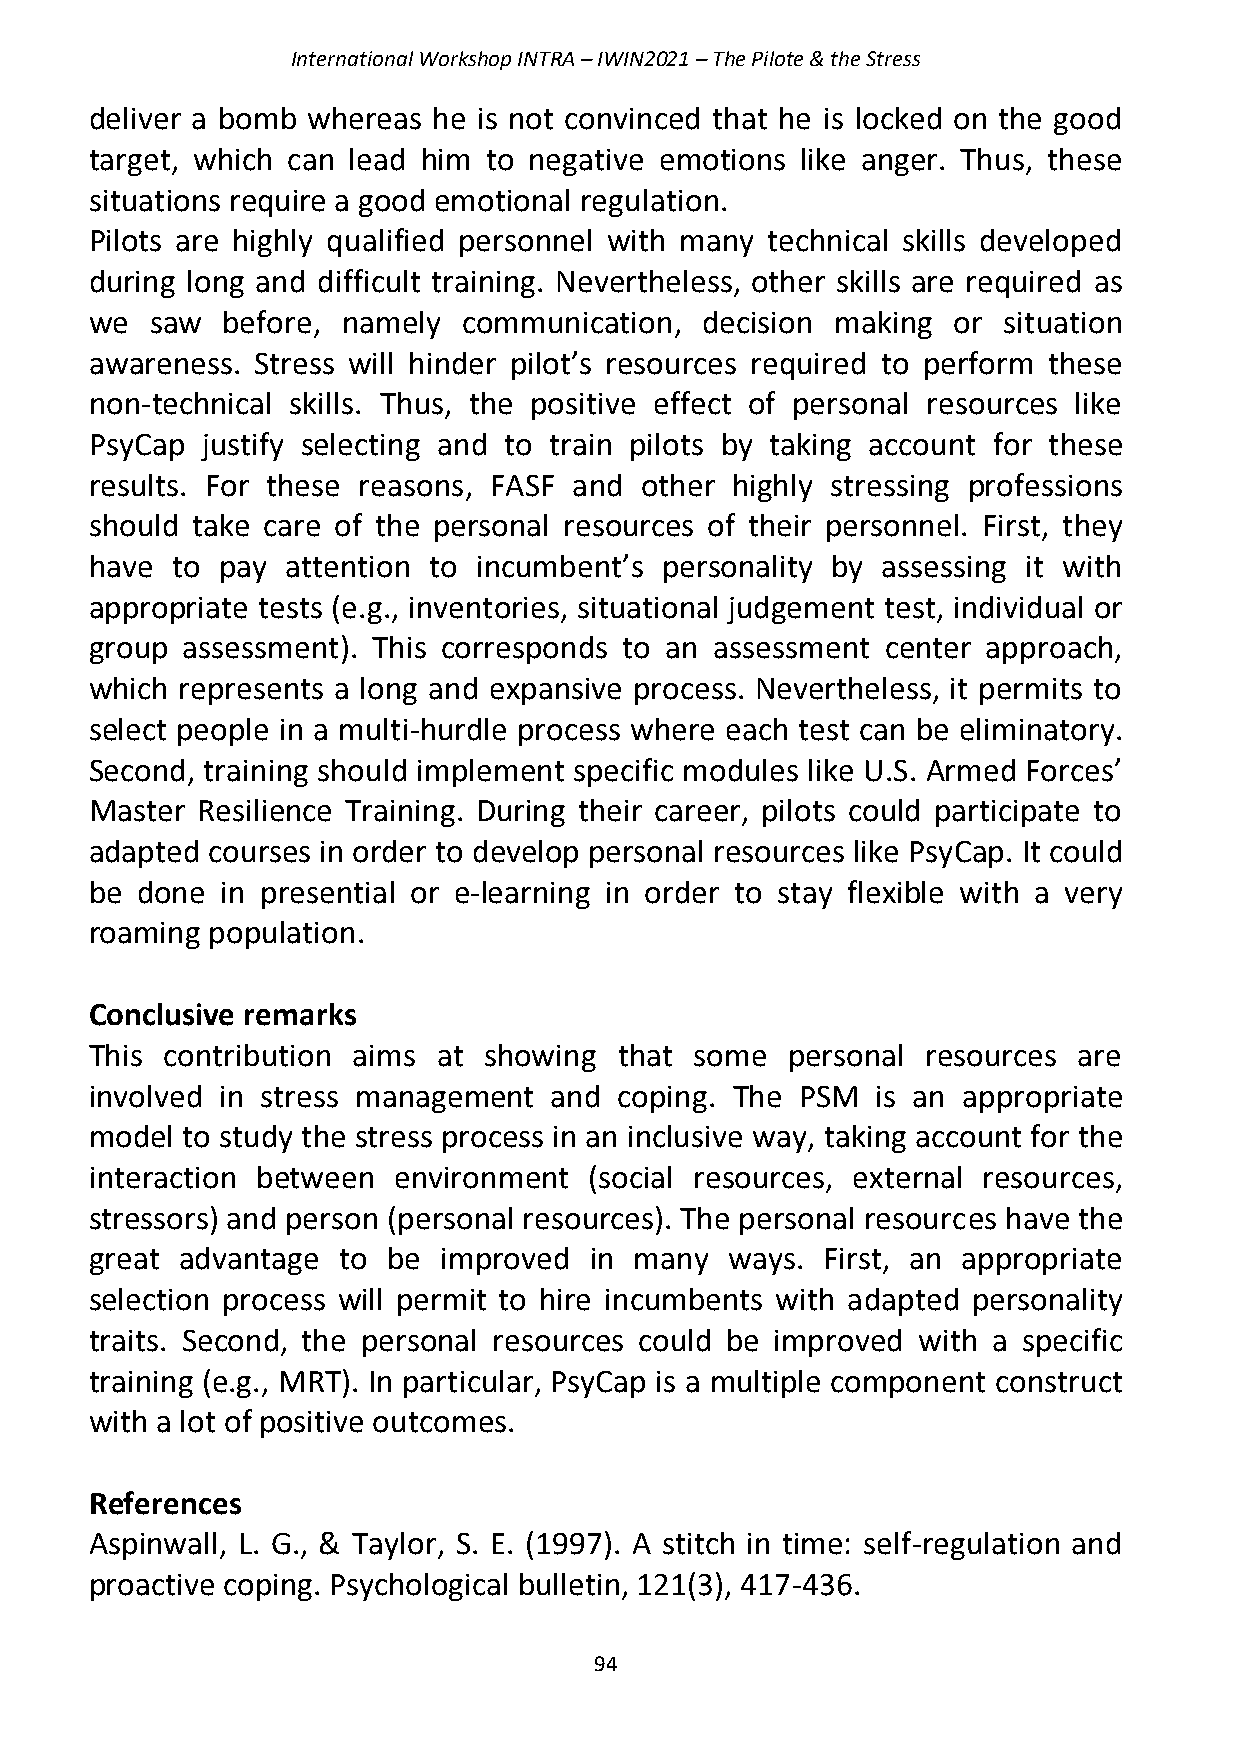
International Workshop INTRA – IWIN2021 – The Pilote & the Stress
 deliver a bomb whereas he is not convinced that he is locked on the good
 target, which can lead him to negative emotions like anger. Thus, these
 situations require a good emotional regulation.
 Pilots are highly qualified personnel with many technical skills developed
 during long and difficult training. Nevertheless, other skills are required as
 we  saw  before, namely  communication, decision making  or situation
 awareness. Stress will hinder pilot’s resources required to perform these
 non-technical skills. Thus, the positive effect of personal resources like
 PsyCap justify selecting and to train pilots by taking account for these
 results. For these reasons, FASF and other highly stressing professions
 should take care of the personal resources of their personnel. First, they
 have to pay  attention to incumbent’s personality by assessing it with
 appropriate tests (e.g., inventories, situational judgement test, individual or
 group assessment). This corresponds to an assessment center approach,
 which represents a long and expansive process. Nevertheless, it permits to
 select people in a multi-hurdle process where each test can be eliminatory.
 Second, training should implement specific modules like U.S. Armed Forces’
 Master Resilience Training. During their career, pilots could participate to
 adapted courses in order to develop personal resources like PsyCap. It could
 be done  in presential or e-learning in order to stay flexible with a very
 roaming population.
 Conclusive remarks
 This contribution aims at showing  that some  personal resources are
 involved in stress management and  coping. The PSM  is an appropriate
 model to study the stress process in an inclusive way, taking account for the
 interaction between environment  (social resources, external resources,
 stressors) and person (personal resources). The personal resources have the
 great advantage to  be improved  in many  ways. First, an appropriate
 selection process will permit to hire incumbents with adapted personality
 traits. Second, the personal resources could be improved with a specific
 training (e.g., MRT). In particular, PsyCap is a multiple component construct
 with a lot of positive outcomes.
 References
 Aspinwall, L. G., & Taylor, S. E. (1997). A stitch in time: self-regulation and
 proactive coping. Psychological bulletin, 121(3), 417-436.
 94